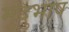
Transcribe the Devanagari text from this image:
मृदुभाष